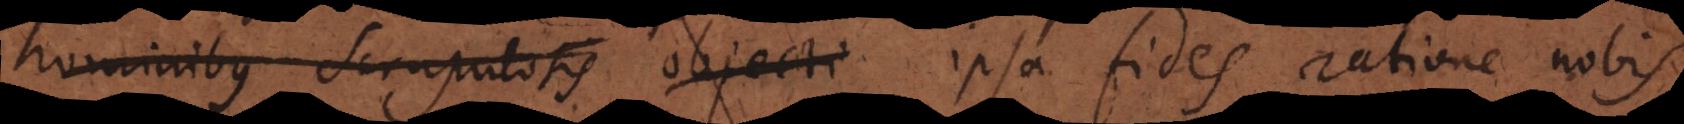
hominibus scrupulosis objecti ipsa fides ratione nobis